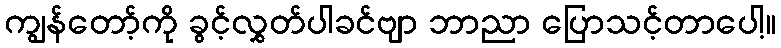
ကျွန်တော့်ကို ခွင့်လွှတ်ပါခင်ဗျာ ဘာညာ ပြောသင့်တာပေါ့။